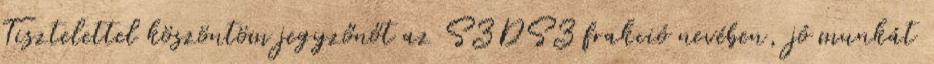
Tisztelettel köszöntöm jegyzőnőt az SZDSZ frakció nevében, jó munkát